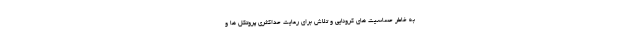
به خاطر حساسیت های کرونایی و تلاش برای رعایت حداکثری پروتکل ها و